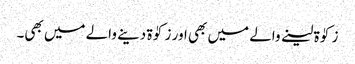
زکوٰۃ لینے والے میں بھی اور زکوٰۃ دینے والے میں بھی۔